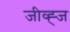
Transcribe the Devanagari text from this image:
जीव्ह्ज